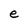
Character: e